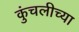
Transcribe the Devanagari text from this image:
कुंचलीच्या